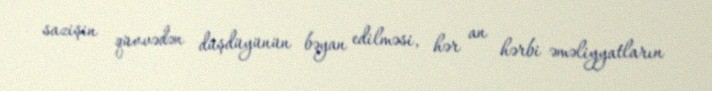
sazişin qüvvədən düşdüyünün bəyan edilməsi, hər an hərbi əməliyyatların